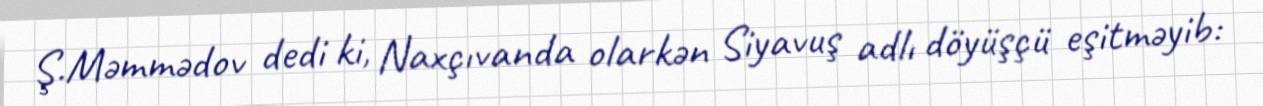
Ş.Məmmədov dedi ki, Naxçıvanda olarkən Siyavuş adlı döyüşçü eşitməyib: